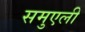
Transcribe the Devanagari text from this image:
समुएली